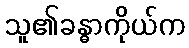
သူ၏ခန္ဓာကိုယ်က